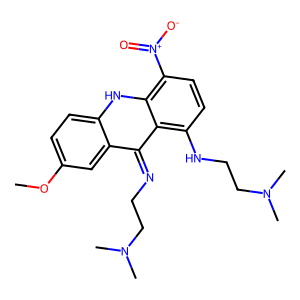
SMILES: COc1ccc2[nH]c3c([N+](=O)[O-])ccc(NCCN(C)C)c3c(=NCCN(C)C)c2c1
Inhibits HIV replication: No